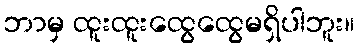
ဘာမှ ထူးထူးထွေထွေမရှိပါဘူး။